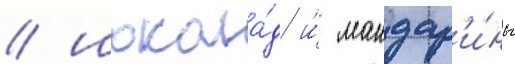
/ шокола́д и́ мандар'и́ны